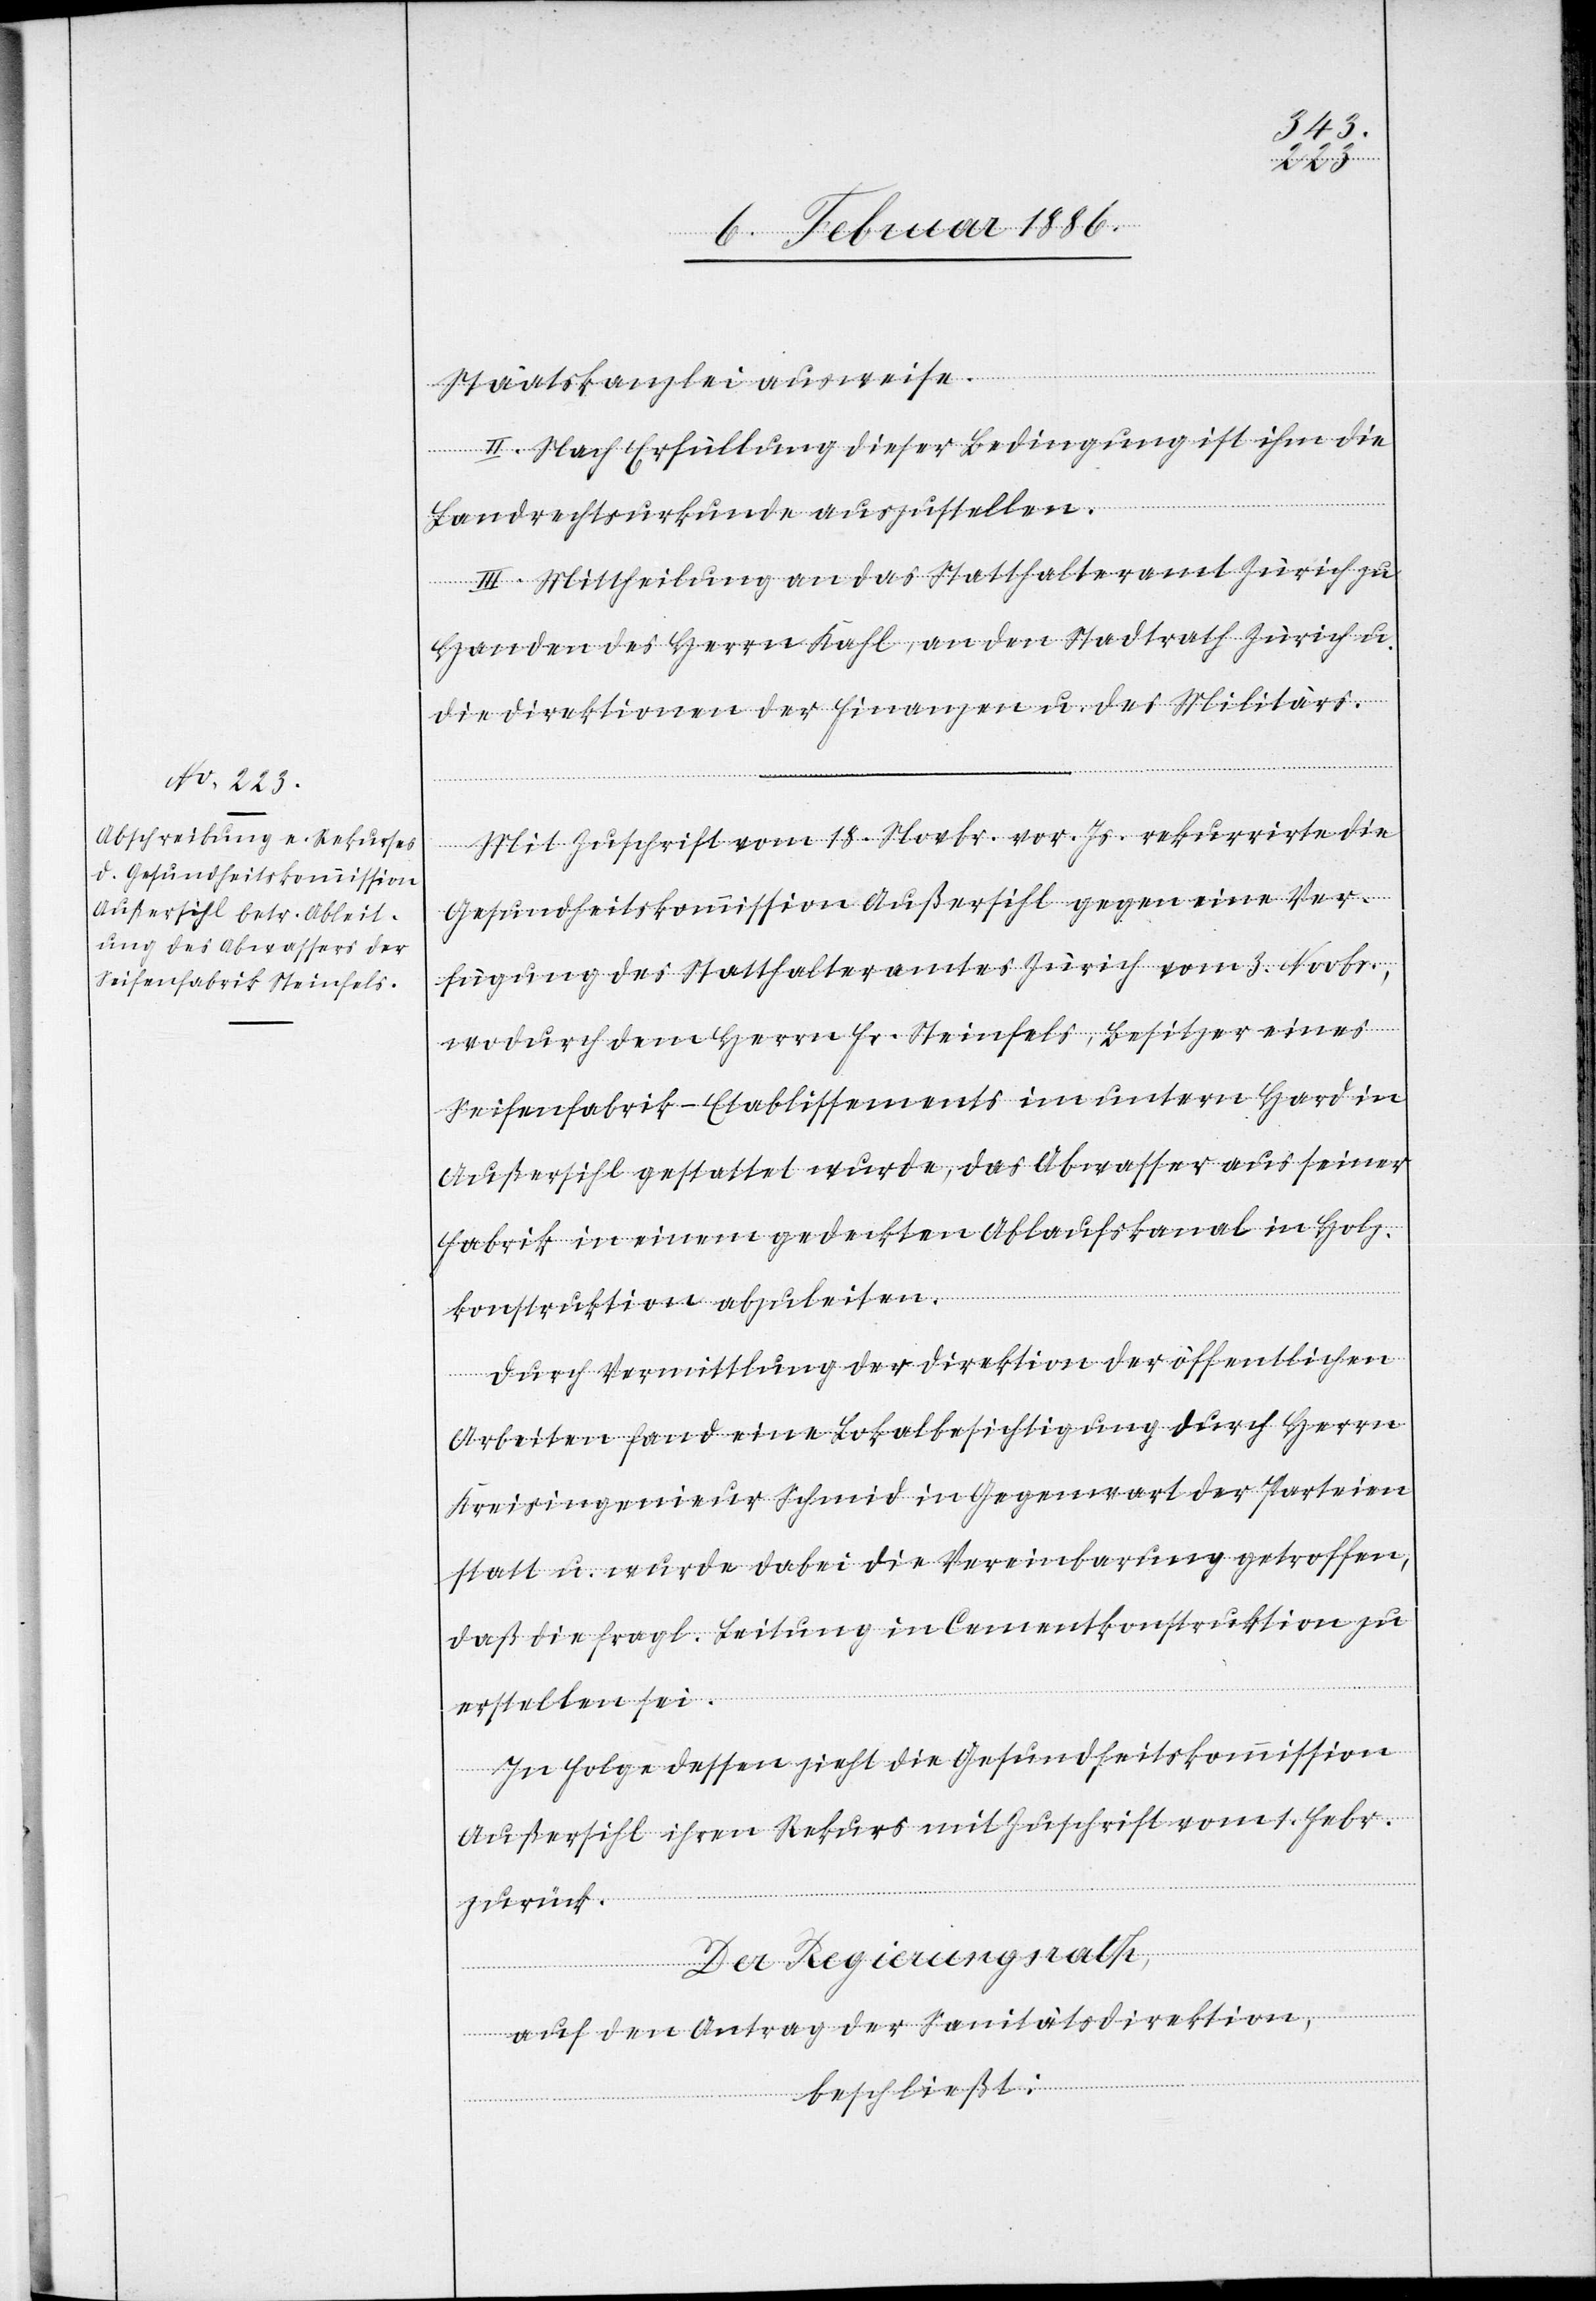
Staatskanzlei ausweise.
II. Nach Erfüllung dieser Bedingung ist ihm die
Landrechtsurkunde auszustellen.
III. Mittheilung an das Statthalteramt Zürich zu
Handen des Herrn Kahl, an den Stadtrath Zürich u.
die Direktion der Finanzen u. des Militärs.
Mit Zuschrift vom 18. Novbr. vor. Js. rekurrirte die
Gesundheitskommission Außersihl gegen eine Ver¬
fügung des Statthalteramtes Zürich vom 3. Novbr.,
wodurch dem Herrn Fr. Steinfels, Besitzer eines
Seifenfabrik-Etablissements im unterm Hard in
Außersihl gestattet wurde, das Abwasser aus seiner
Fabrik in einem gedeckten Ablaufskanal in Holz¬
konstruktion abzuleiten.
Durch Vermittlung der Direktion der öffentlichen
Arbeiten fand eine Lokalbesichtigung durch Herrn
Kreisingenieur Schmid in Gegenwart der Parteien
statt u. wurde dabei die Vereinbarung getroffen,
daß die fragl. Leitung in Cementkonstruktion zu
erstellen sei.
In Folge dessen zieht die Gesundheitskommission
Außersihl ihren Rekurs mit Zuschrift vom 1. Febr.
zurück.
Der Regierungsrath,
auf den Antrag der Sanitätsdirektion,
beschließt: